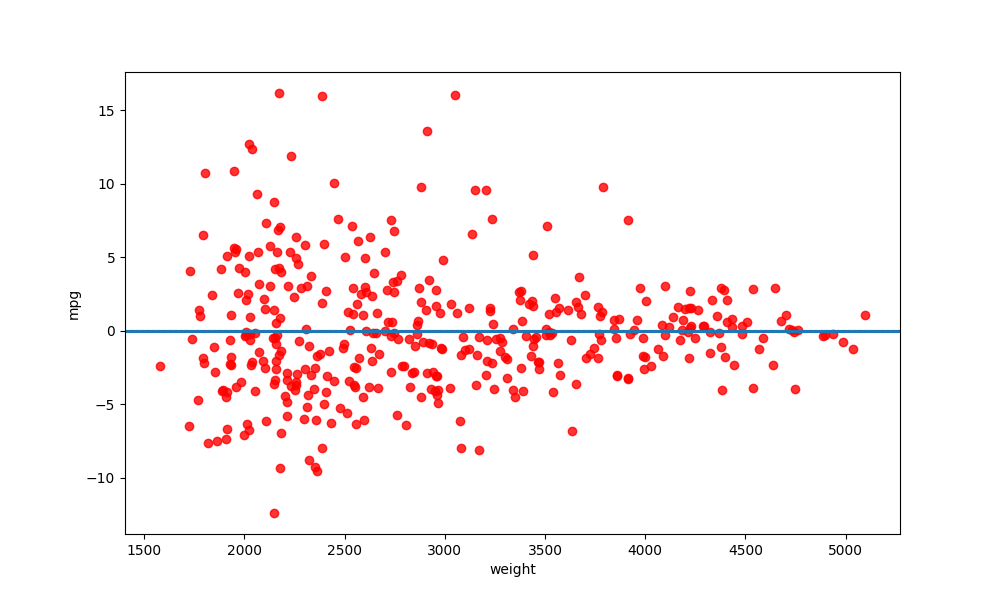
python, seaborn, residplot, lowess=True, scatter_color=red